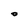
Character: 0